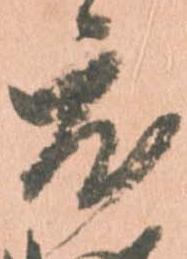
度